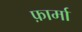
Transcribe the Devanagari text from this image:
फ़ार्मा